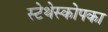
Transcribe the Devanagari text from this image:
स्टेथेस्कोपका